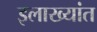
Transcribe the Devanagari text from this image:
इलाख्यांत